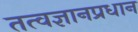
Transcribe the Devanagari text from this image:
तत्वज्ञानप्रधान